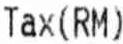
TAX(RM)